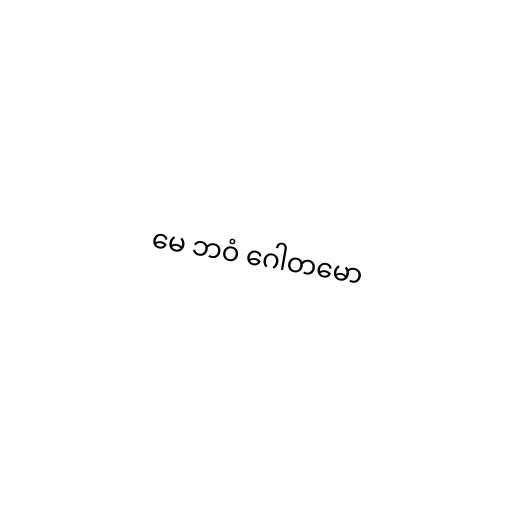
မေ ဘဝံ ဂေါတမော